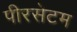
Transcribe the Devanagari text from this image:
पीरसेटम